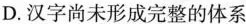
D.汉字尚未形成完整的体系